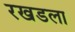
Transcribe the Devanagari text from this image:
रखडला